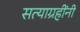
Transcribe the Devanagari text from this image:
सत्याग्रहींनी